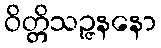
ဝိတ္တိသဉ္ဇနနော